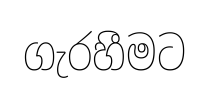
ගැරහීමට